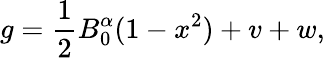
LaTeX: g=\frac 12B_{0}^{\alpha}(1-x^{2})+v+w,